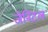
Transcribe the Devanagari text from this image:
जेनिटल